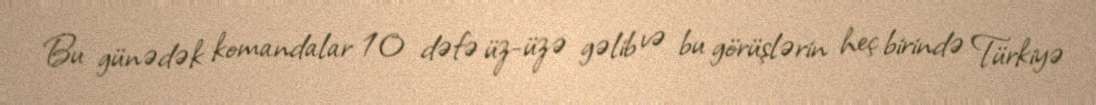
Bu günədək komandalar 10 dəfə üz-üzə gəlib və bu görüşlərin heç birində Türkiyə